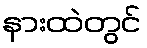
နားထဲတွင်